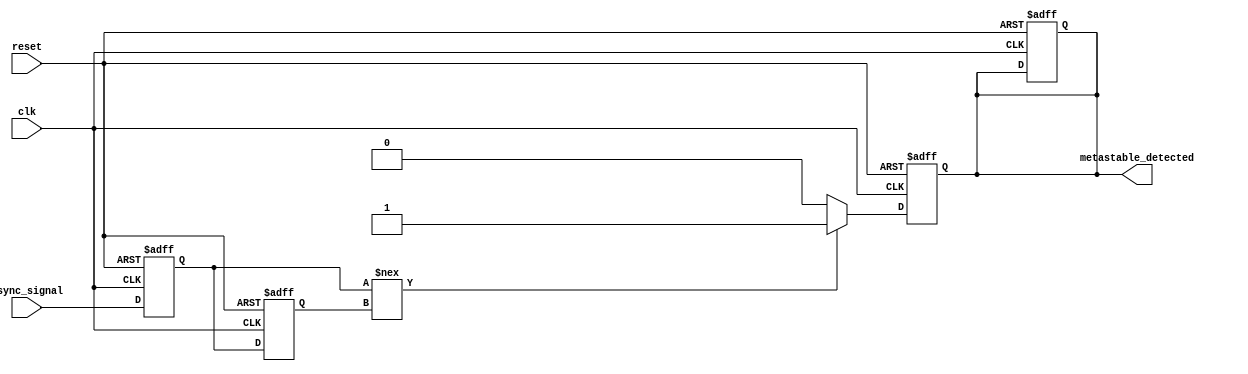
module metastability_detector (
    input wire clk,                // Clock signal
    input wire async_signal,       // Asynchronous input signal
    input wire reset,              // Reset signal
    output reg metastable_detected  // Output signal indicating metastability
);

    // Internal signals for the synchronizer flip-flops
    reg sync_ff1;
    reg sync_ff2;

    // Parameters for metastability detection
    parameter STABLE_THRESHOLD = 2; // Number of clock cycles to determine stability

    // Flip-flops to synchronize the asynchronous signal
    always @(posedge clk or posedge reset) begin
        if (reset) begin
            sync_ff1 <= 1'b0;
            sync_ff2 <= 1'b0;
            metastable_detected <= 1'b0;
        end else begin
            sync_ff1 <= async_signal; // Sample the async signal
            sync_ff2 <= sync_ff1;     // Sample the output of the first flip-flop
        end
    end

    // Detect metastability condition
    always @(posedge clk or posedge reset) begin
        if (reset) begin
            metastable_detected <= 1'b0;
        end else begin
            // Check if the output of the first flip-flop is still changing
            if (sync_ff1 !== sync_ff2) begin
                metastable_detected <= 1'b1; // Metastability detected
            end else begin
                metastable_detected <= 1'b0; // No metastability detected
            end
        end
    end

endmodule